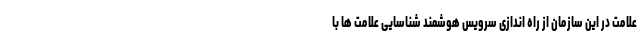
علامت در این سازمان از راه اندازی سرویس هوشمند شناسایی علامت ها با